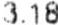
3.18